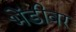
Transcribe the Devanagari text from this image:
भेंडीवर